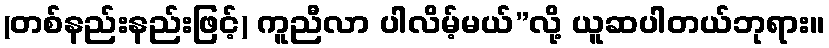
(တစ်နည်းနည်းဖြင့်) ကူညီလာ ပါလိမ့်မယ်”လို့ ယူဆပါတယ်ဘုရား။